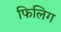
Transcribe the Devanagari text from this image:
फिलिग